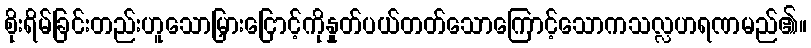
စိုးရိမ်ခြင်းတည်းဟူသောမြှားငြောင့်ကိုနှုတ်ပယ်တတ်သောကြောင့်သောကသလ္လဟရဏမည်၏။